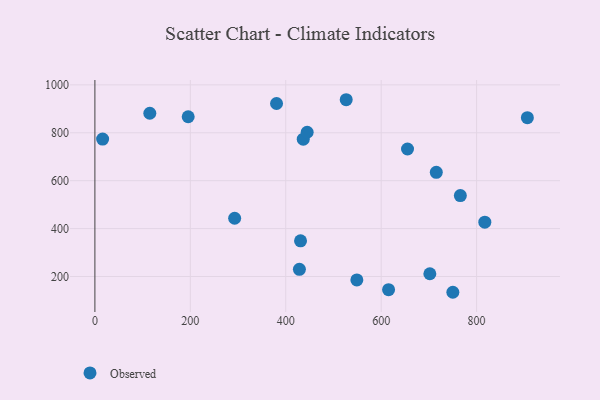
{"axis": {"x": "Speed", "y": "Demand"}, "legend": ["Observed"], "data": [{"x": "16.2", "y": 773.6, "type": "Observed"}, {"x": "765.9", "y": 537.7, "type": "Observed"}, {"x": "750.2", "y": 134.1, "type": "Observed"}, {"x": "655.2", "y": 732.2, "type": "Observed"}, {"x": "195.5", "y": 866.9, "type": "Observed"}, {"x": "292.9", "y": 443.2, "type": "Observed"}, {"x": "615.5", "y": 145.1, "type": "Observed"}, {"x": "715.5", "y": 635.1, "type": "Observed"}, {"x": "380.7", "y": 922.3, "type": "Observed"}, {"x": "436.7", "y": 773.2, "type": "Observed"}, {"x": "906.4", "y": 863.2, "type": "Observed"}, {"x": "549.0", "y": 185.6, "type": "Observed"}, {"x": "431.0", "y": 348.8, "type": "Observed"}, {"x": "526.7", "y": 938.0, "type": "Observed"}, {"x": "444.9", "y": 802.2, "type": "Observed"}, {"x": "817.2", "y": 426.9, "type": "Observed"}, {"x": "115.1", "y": 881.5, "type": "Observed"}, {"x": "428.6", "y": 229.9, "type": "Observed"}, {"x": "702.0", "y": 211.4, "type": "Observed"}]}